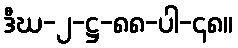
ဒီဃ-၂-ဋ္ဌ-၈၈-ပါ-၄၈။